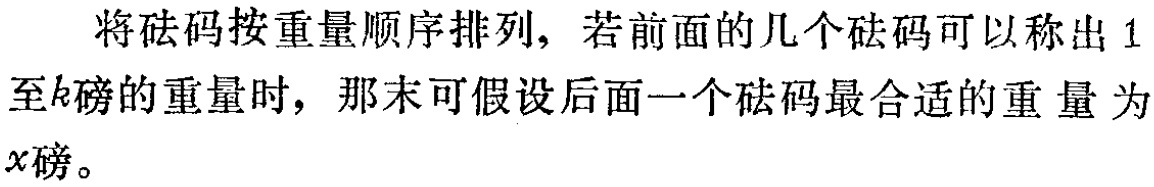
将砝码按重量顺序排列，若前面的几个砝码可以称出 1 至\(k\)磅的重量时，那末可假设后面一个砝码最合适的重量为\(x\)磅。